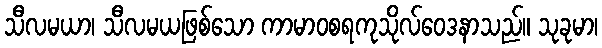
သီလမယာ၊ သီလမယဖြစ်သော ကာမာဝစရကုသိုလ်ဝေဒနာသည်။ သုခုမာ၊